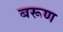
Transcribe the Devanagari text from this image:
बरूण